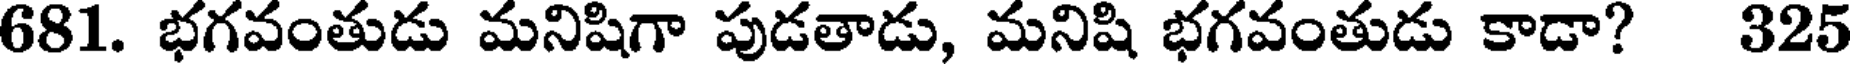
681. భగవంతుడు మనిషిగా పుడతాడు, మనిషి భగవంతుడు కాడా? 325